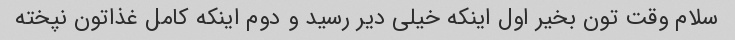
سلام وقت تون بخیر اول اینکه خیلی دیر رسید و دوم اینکه کامل غذاتون نپخته